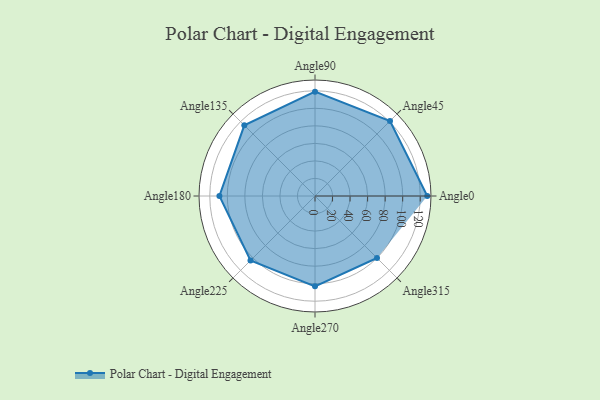
{"axis": {"x": "Angle", "y": "Radius"}, "legend": [""], "data": [{"x": "Angle0", "y": 128.0, "type": ""}, {"x": "Angle45", "y": 121.0, "type": ""}, {"x": "Angle90", "y": 119.0, "type": ""}, {"x": "Angle135", "y": 114.0, "type": ""}, {"x": "Angle180", "y": 109.0, "type": ""}, {"x": "Angle225", "y": 104.0, "type": ""}, {"x": "Angle270", "y": 103.0, "type": ""}, {"x": "Angle315", "y": 100.0, "type": ""}]}